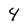
Character: 4